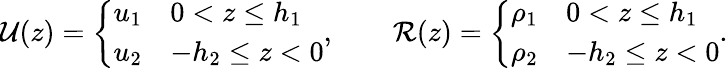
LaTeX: \begin{array}{r}{\mathcal{U}(z)=\left\{ \begin{array}{ll}{u_{1}}&{0<z\le h_{1}}\\ {u_{2}}&{-h_{2}\le z<0}\end{array}\right.,\qquad\mathcal{R}(z)=\left\{ \begin{array}{ll}{\rho_{1}}&{0<z\le h_{1}}\\ {\rho_{2}}&{-h_{2}\le z<0}\end{array}\right..}\end{array}